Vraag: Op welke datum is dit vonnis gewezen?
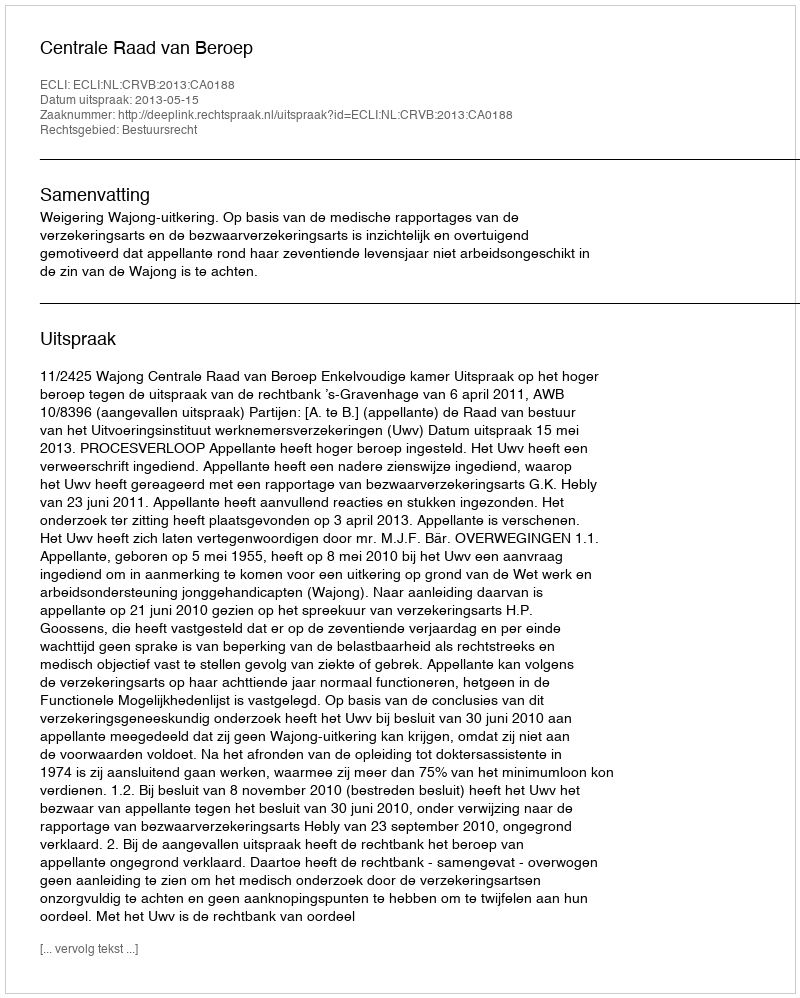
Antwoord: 2013-05-15